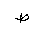
Letter: _da